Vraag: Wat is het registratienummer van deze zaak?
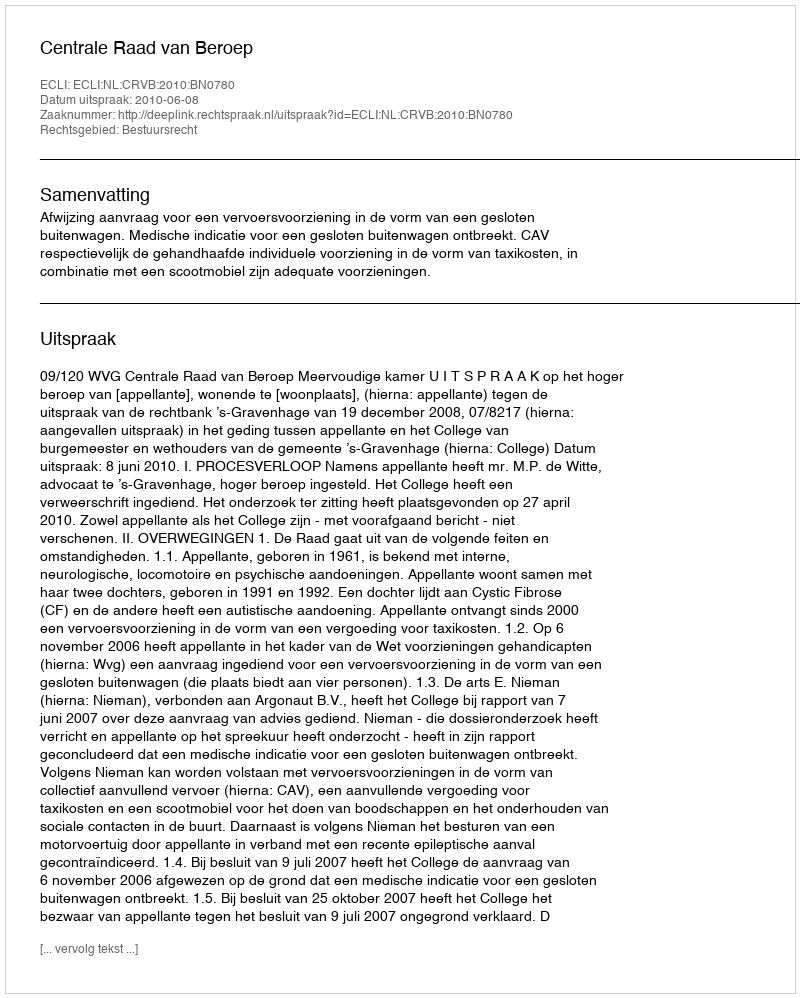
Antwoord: http://deeplink.rechtspraak.nl/uitspraak?id=ECLI:NL:CRVB:2010:BN0780